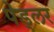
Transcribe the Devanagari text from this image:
पेड्लर